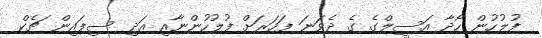
ފުލުހުން ހޯދާ އަސީލްގެ ގެ ދެވަނަ ފަހަރަށް ފުލުހުންނާއި އަދި ސިފައިން ޗެކް